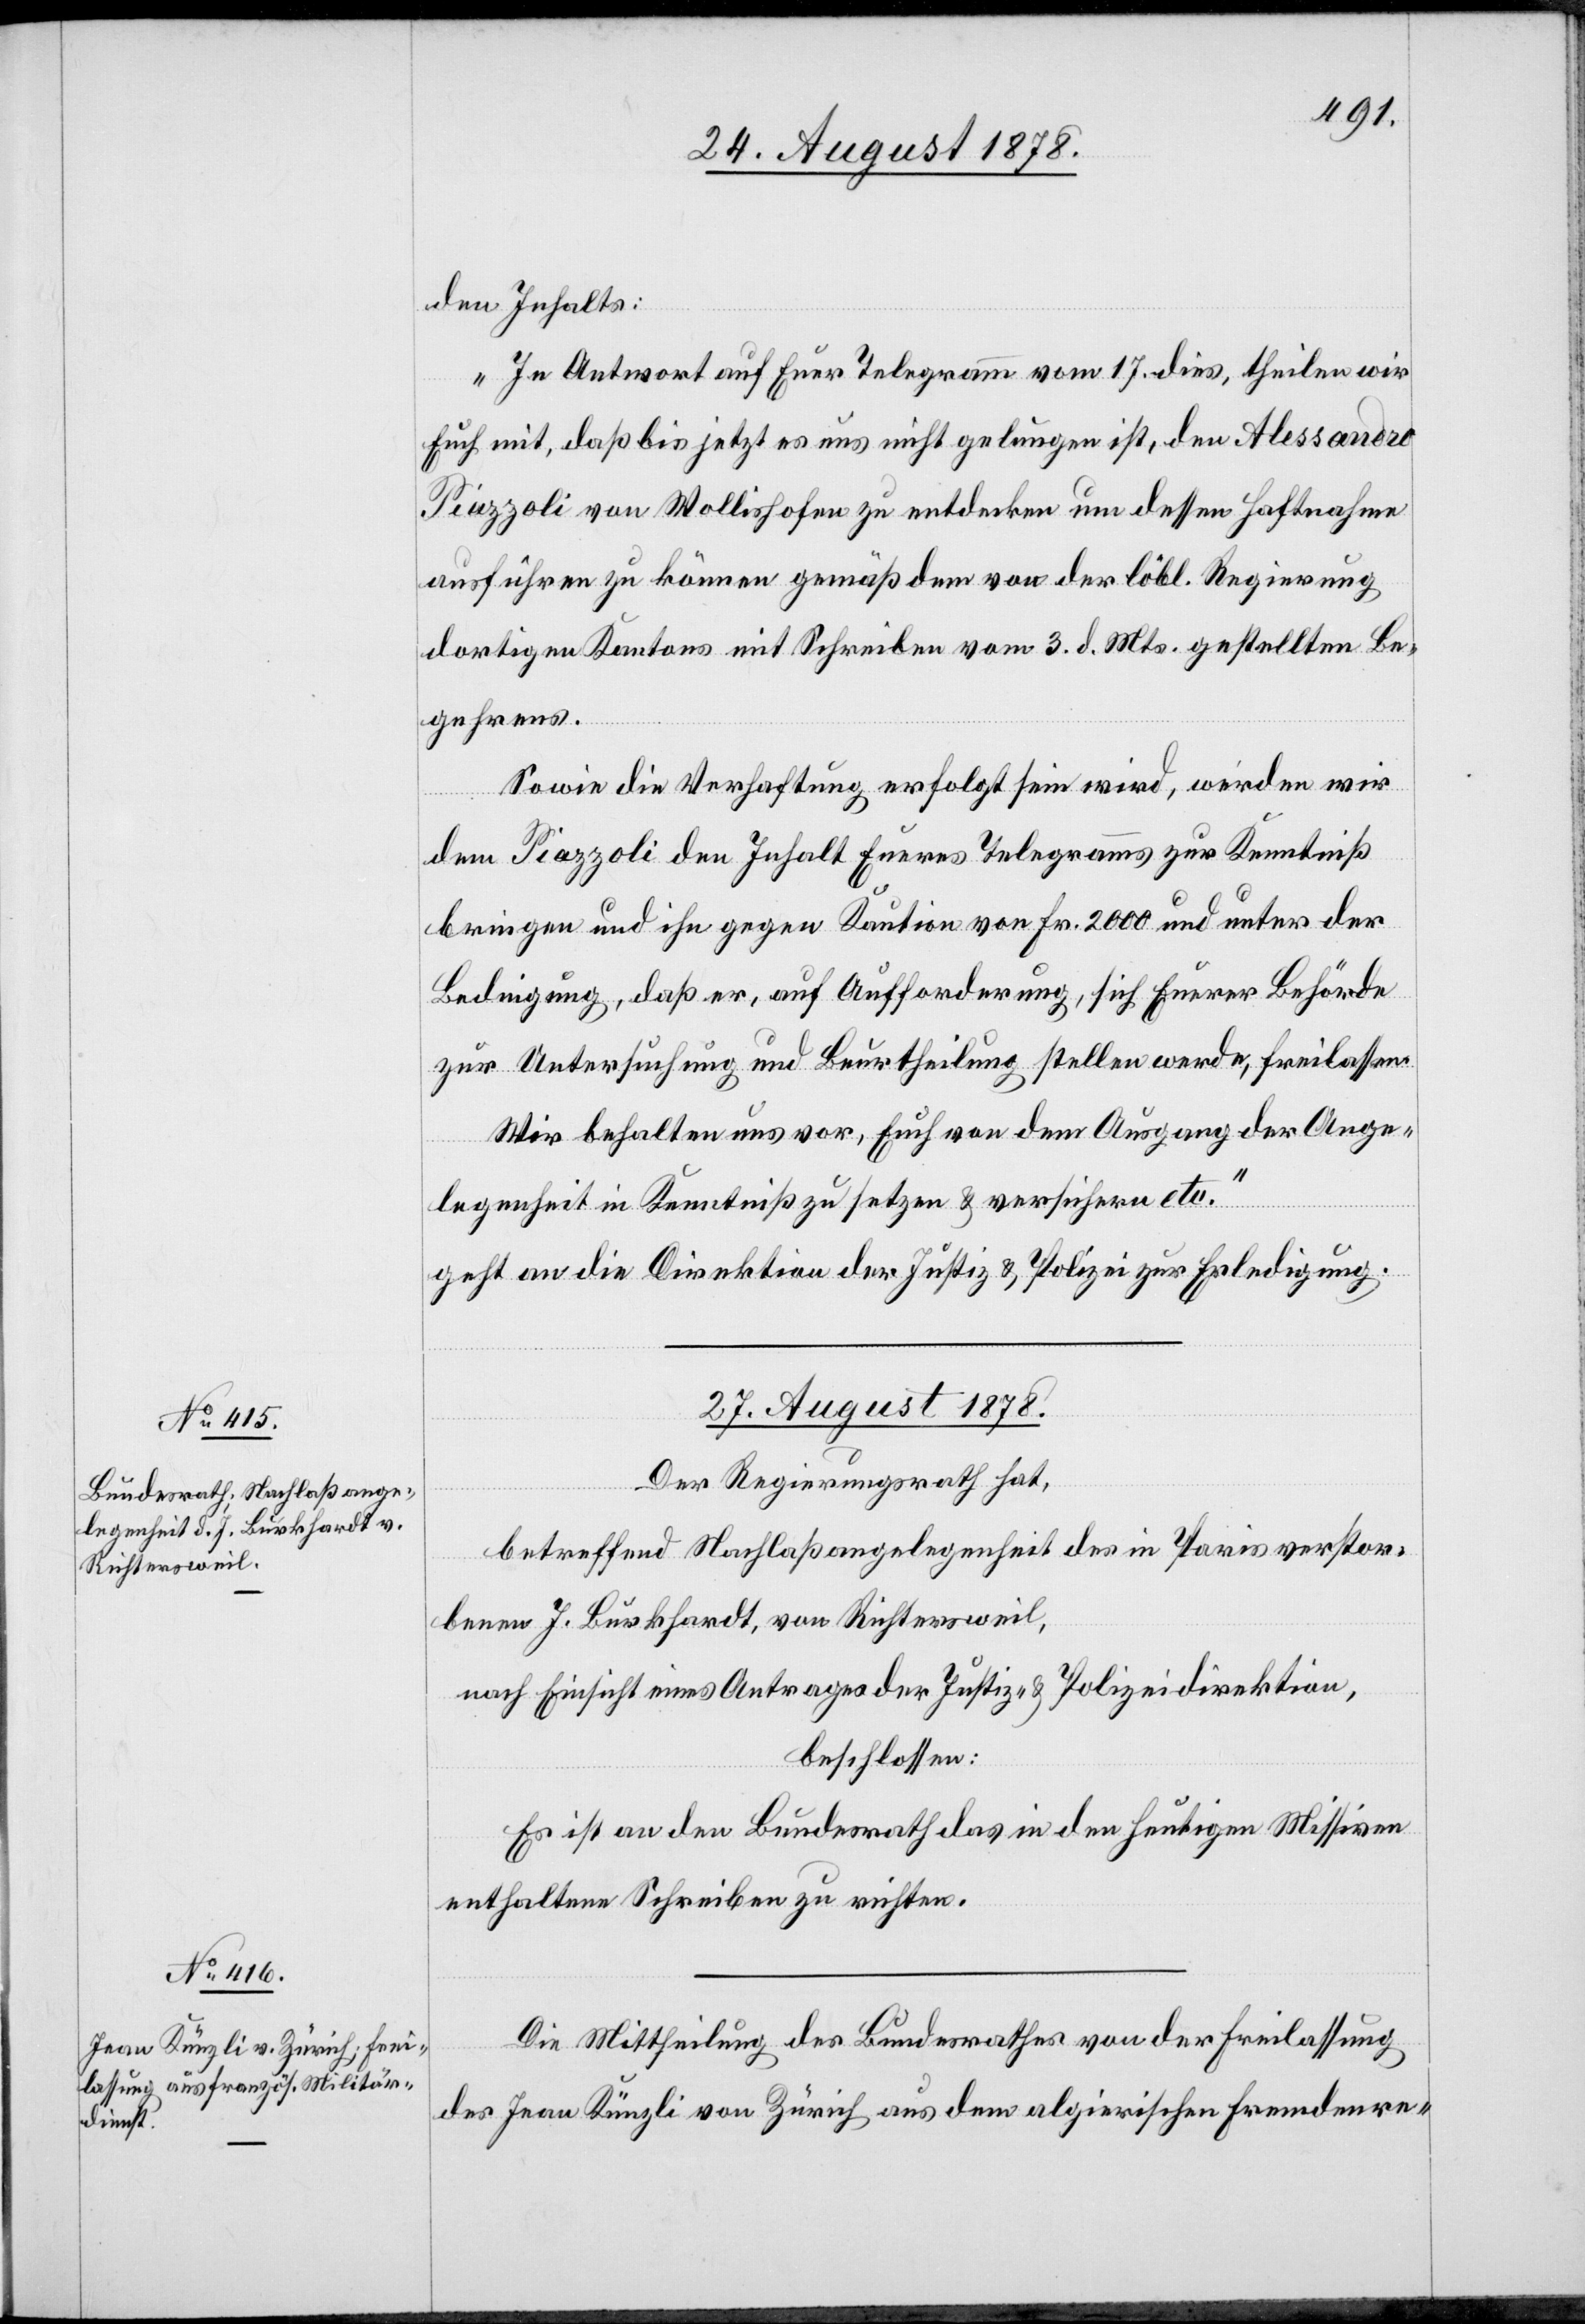
den Inhalts:
„In Antwort auf Euer Telegramm vom 17. dies, theilen wir
Euch mit, daß bis jetzt es uns nicht gelungen ist, den Alessandro
Piazzoli von Wollishofen zu entdecken um dessen Haftnahme
ausführen zu können gemäß dem von der löbl. Regierung
dortigen Kantons mit Schreiben vom 3. d. Mts. gestellten Be¬
gehrens.
Sowie die Verhaft erfolgt sein wird, werden wir
dem Piazzoli den Inhalt Eures Telegramms zur Kenntniß
bringen und ihn gegen Kaution von Fr. 2000 und unter der
Bedingung, daß er, auf Aufforderung, sich Eurer Behörde
zur Untersuchung und Beurtheilung stellen werde, freilassen.
Wir behalten uns vor, Euch von dem Ausgang der Ange¬
legenheit in Kenntniß zu setzen & versichern etc.“
geht an die Direktion der Justiz & Polizei zur Erledigung.
27. August 1878.]
Der Regierungsrath hat,
betreffend Nachlaßangelegenheit des in Paris verstor¬
benen J. Burkhardt, von Richtersweil,
nach Einsicht eines Antrages der Justiz- & Polizeidirektion,
beschlossen:
Es ist an den Bundesrath das in den heutigen Missiven
enthaltene Schreiben zu richten.
Die Mittheilung des Bundesrathes von der Freilassung
des Jean Künzli von Zürich aus dem algierischen Fremdenre-